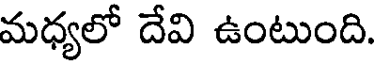
మధ్యలో దేవి ఉంటుంది.